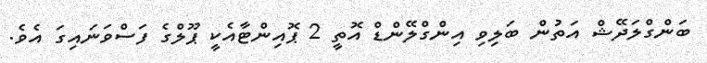
ބަންގްލަދޭޝް އަތުން ބަލިވި އިންގްލޭންޑް އޮތީ 2 ޕޮއިންޓާއެކީ ޕޫލްގެ ފަސްވަނައިގަ އެވެ.